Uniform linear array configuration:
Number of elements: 32
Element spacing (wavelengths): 0.25
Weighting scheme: uniform
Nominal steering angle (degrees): -15
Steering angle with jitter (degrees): -14.253
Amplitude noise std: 0.05
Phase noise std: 0.05

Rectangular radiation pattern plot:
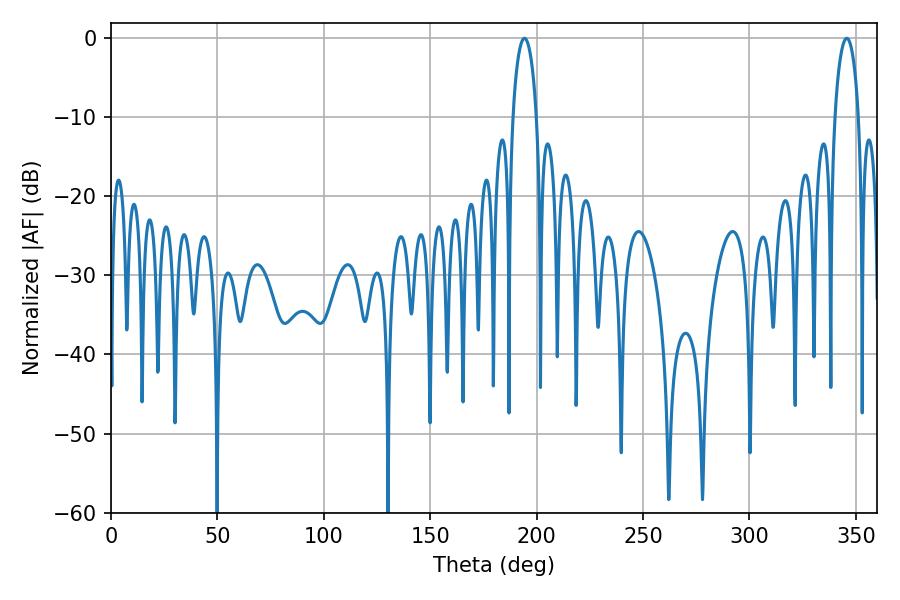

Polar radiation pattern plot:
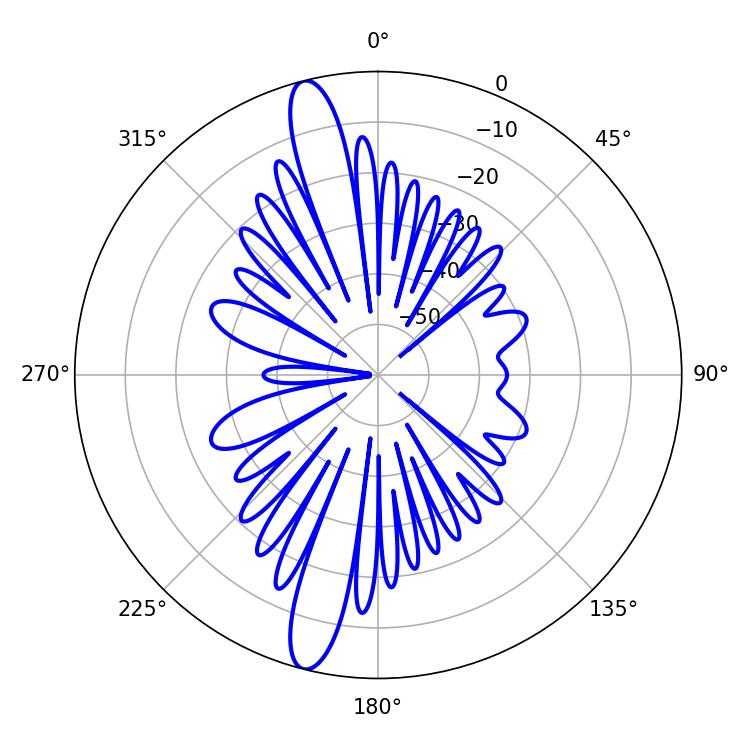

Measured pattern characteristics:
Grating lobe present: FALSE
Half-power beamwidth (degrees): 6.3
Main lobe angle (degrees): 194.22